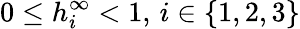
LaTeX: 0\leq h_{i}^{\infty}<1,\, i\in\{ 1,2,3\}